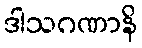
ဒါသဂဏာနိ